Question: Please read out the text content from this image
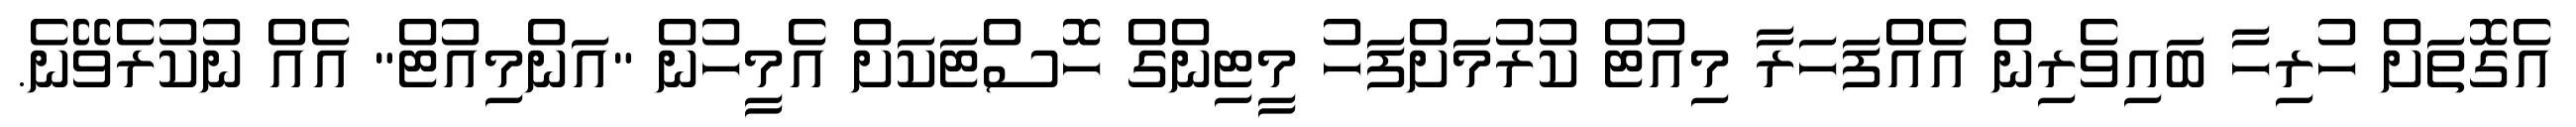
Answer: އެގޮތަށް ހުރިހާ ބައިވެރިން އެއްފަހަރާ މިއުޓް ކުރުމަށްފަހު މީޓިންގް ހޮސްޓަކަށް އެމީހުން "އަންމިއުޓް" އެއް ނުކުރެވޭނެ.